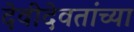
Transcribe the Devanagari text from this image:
देवीदेवतांच्या